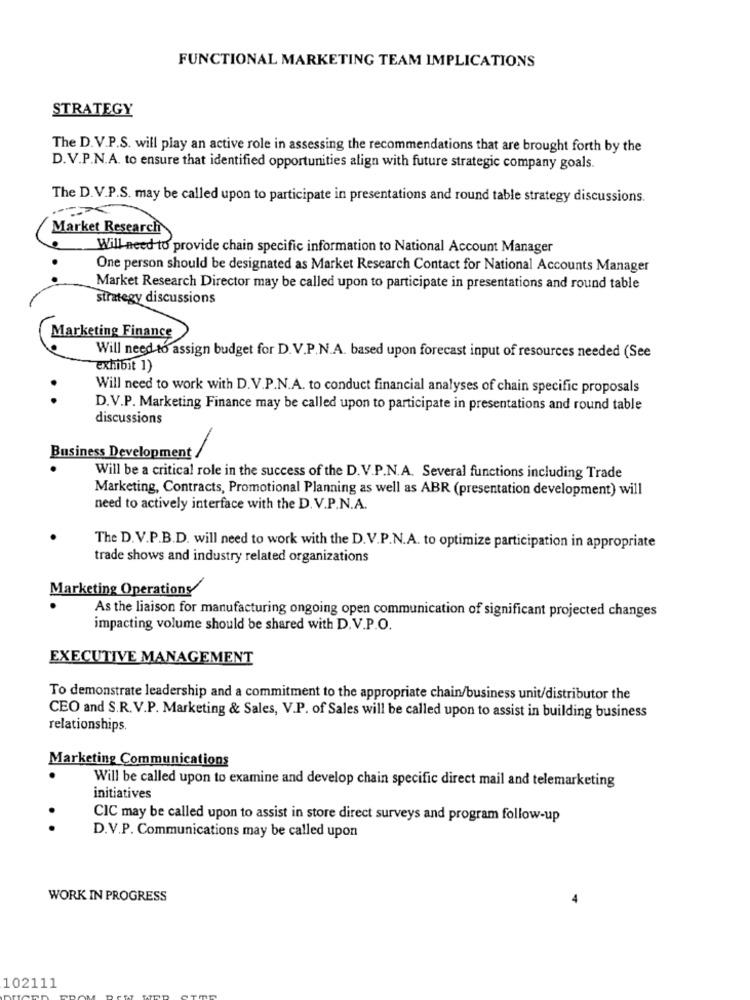
FUNCTIONAL MARKETING TEAM IMPLICATIONS
STRATEGY
The D.V.P.S. will play an active role in assessing the recommendations that are brought forth by the
D.V.P.N.A. to ensure that identified opportunities align with future strategic company goals.
The D.V.P.S. may be called upon to participate in presentations and round table strategy discussions.
Market Research
Will need to provide chain specific information to National Account Manager
One person should be designated as Market Research Contact for National Accounts Manager
Market Research Director may be called upon to participate in presentations and round table
strategy discussions
Marketing Finance
Will need to assign budget for D.V.P.N.A. based upon forecast input of resources needed (See
exhibit 1)
Will need to work with D.V.P.N.A. to conduct financial analyses of chain specific proposals
D.V.P. Marketing Finance may be called upon to participate in presentations and round table
discussions
Business Development
Will be a critical role in the success of the D.V.P.N.A. Several functions including Trade
Marketing, Contracts, Promotional Planning as well as ABR (presentation development) will
need to actively interface with the D.V.P.N.A.
The D. V.P.B.D. will need to work with the D.V.P.N.A. to optimize participation in appropriate
trade shows and industry related organizations
Marketing Operations
As the liaison for manufacturing ongoing open communication of significant projected changes
impacting volume should be shared with D.V.P.O.
EXECUTIVE MANAGEMENT
To demonstrate leadership and a commitment to the appropriate chain/business unit/distributor the
CEO and S.R.V.P. Marketing & Sales, V.P. of Sales will be called upon to assist in building business
relationships.
Marketing Communications
Will be called upon to examine and develop chain specific direct mail and telemarketing
initiatives
CIC may be called upon to assist in store direct surveys and program follow-up
D.V.P. Communications may be called upon
WORK IN PROGRESS
102111